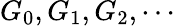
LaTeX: G_{0},G_{1},G_{2},\cdots